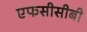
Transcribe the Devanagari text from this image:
एफसीसीबी